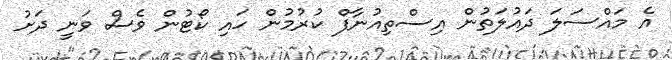
އެ މައްސަލަ ދައުލަތުން އިސްތިއުނާފް ކުރުމުން ހައި ކޯޓުން ވެސް ވަނީ ދަށު